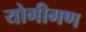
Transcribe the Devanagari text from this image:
योगीगण